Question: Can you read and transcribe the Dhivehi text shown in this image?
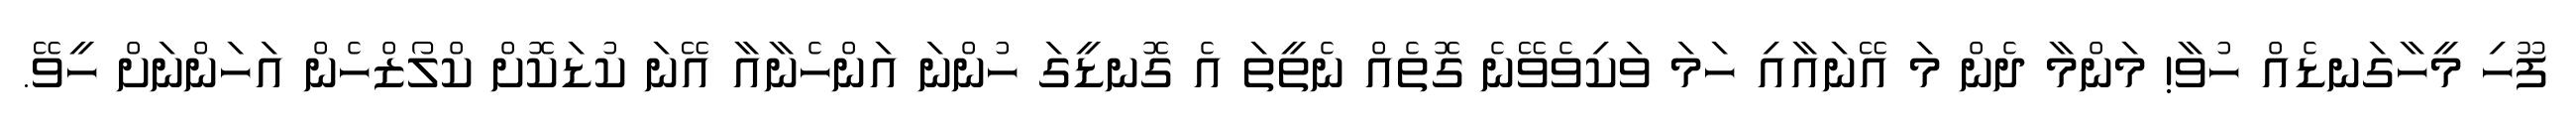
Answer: ފޫހި މީހާގަނޑެއް ހުވާ! މަންމާ ދެން މަ އޭނައާއި ހަމަ ވަކިވެވޭނެ ގޮތެއް ނެތީތަ އެ ގޮނޑީގަ ހުންނަ އަންހެނާއާ އޭނަ ކުޑަކޮށް ކްލޯޒްހެން އަހަންނަށް ހީވޭ.